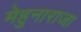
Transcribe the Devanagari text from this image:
मेहुनाराजा